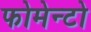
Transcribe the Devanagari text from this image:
फोमेन्टो